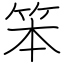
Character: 笨